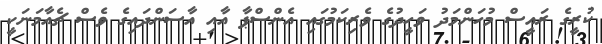
ކުރީގެ ރައީސް މުހަންމަދު ވަހީދުގެ ވެރިކަމުގައި އެންސްޕާ އާއި އާސަންދައިގެ ވެސް ޗެއާމަނަކީ